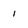
Character: i